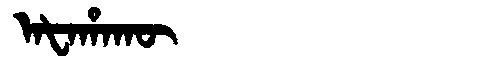
Manchu: ᠠᡶᠠᡥᠠᡴᡡ
Romanization: AFAHAKŪ